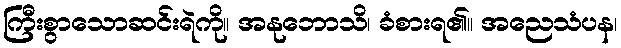
ကြီးစွာသောဆင်းရဲကို။ အနုဘောသိ၊ ခံစားရ၏။ အညေသံပန၊